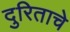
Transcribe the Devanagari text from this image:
दुरिताचे